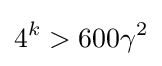
4^{k}>600\gamma ^{2}